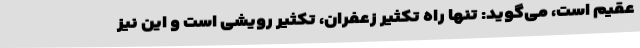
عقیم است، می‌گوید: تنها راه تکثیر زعفران، تکثیر رویشی است و این نیز